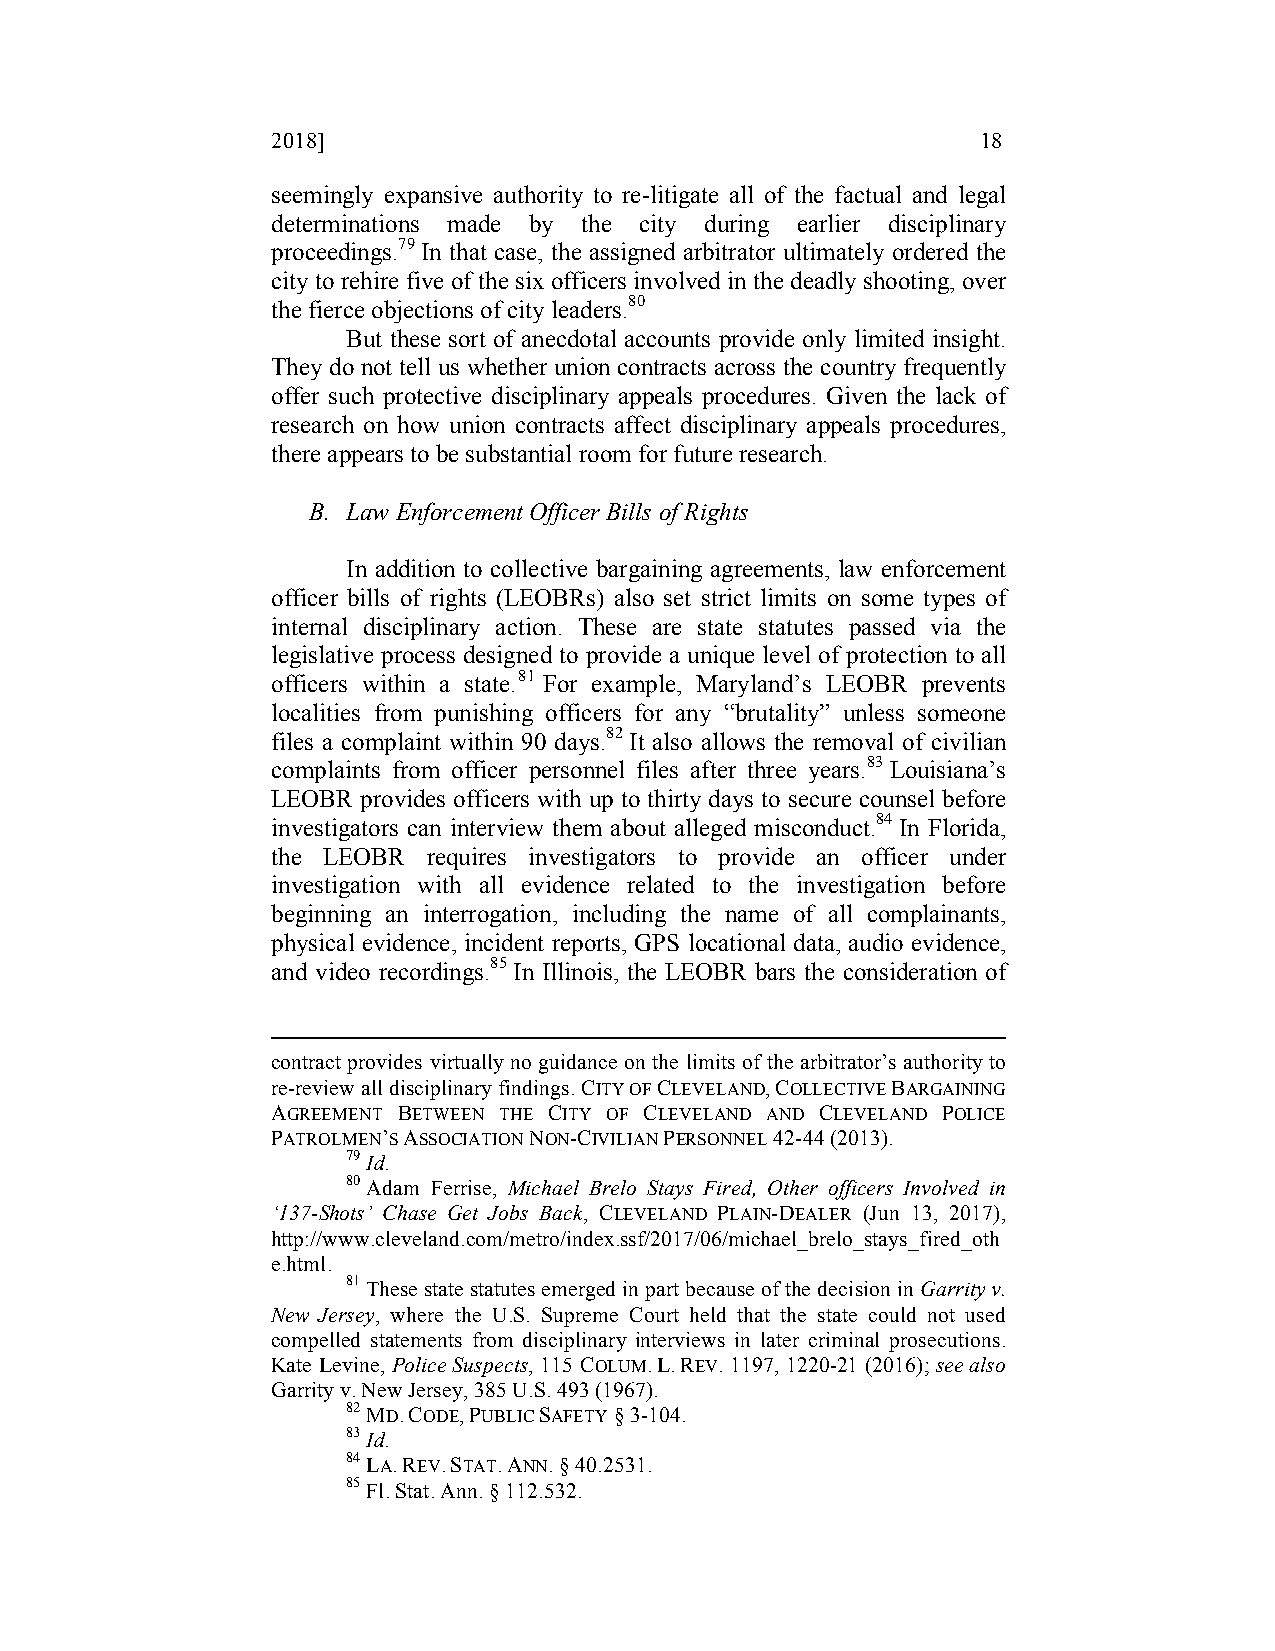
2018]                                          18
 seemingly expansive authority to re-litigate all of the factual and legal
 determinations made by the city during earlier disciplinary
 proceedings.79 In that case, the assigned arbitrator ultimately ordered the
 city to rehire five of the six officers involved in the deadly shooting, over
 the fierce objections of city leaders.80
 But these sort of anecdotal accounts provide only limited insight.
 They do not tell us whether union contracts across the country frequently
 offer such protective disciplinary appeals procedures. Given the lack of
 research on how union contracts affect disciplinary appeals procedures,
 there appears to be substantial room for future research.
 B. Law Enforcement Officer Bills of Rights
 In addition to collective bargaining agreements, law enforcement
 officer bills of rights (LEOBRs) also set strict limits on some types of
 internal disciplinary action. These are state statutes passed via the
 legislative process designed to provide a unique level of protection to all
 officers within a state.81 For example, Maryland’s LEOBR prevents
 localities from punishing officers for any “brutality” unless someone
 files a complaint within 90 days.82 It also allows the removal of civilian
 complaints from officer personnel files after three years.83 Louisiana’s
 LEOBR provides officers with up to thirty days to secure counsel before
 investigators can interview them about alleged misconduct.84 In Florida,
 the LEOBR requires investigators to provide an officer under
 investigation with all evidence related to the investigation before
 beginning an interrogation, including the name of all complainants,
 physical evidence, incident reports, GPS locational data, audio evidence,
 and video recordings.85 In Illinois, the LEOBR bars the consideration of
 contract provides virtually no guidance on the limits of the arbitrator’s authority to
 re-review all disciplinary findings. CITY OF CLEVELAND, COLLECTIVE BARGAINING
 AGREEMENT BETWEEN THE CITY OF CLEVELAND AND CLEVELAND POLICE
 PATROLMEN’S ASSOCIATION NON-CIVILIAN PERSONNEL 42-44 (2013).
 79 Id.
 80 Adam Ferrise, Michael Brelo Stays Fired, Other officers Involved in
 ‘137-Shots’ Chase Get Jobs Back, CLEVELAND PLAIN-DEALER (Jun 13, 2017),
 http://www.cleveland.com/metro/index.ssf/2017/06/michael_brelo_stays_fired_oth
 e.html.
 81 These state statutes emerged in part because of the decision in Garrity v.
 New Jersey, where the U.S. Supreme Court held that the state could not used
 compelled statements from disciplinary interviews in later criminal prosecutions.
 Kate Levine, Police Suspects, 115 COLUM. L. REV. 1197, 1220-21 (2016); see also
 Garrity v. New Jersey, 385 U.S. 493 (1967).
 82 MD. CODE, PUBLIC SAFETY § 3-104.
 83 Id.
 84 LA. REV. STAT. ANN. § 40.2531.
 85 Fl. Stat. Ann. § 112.532.